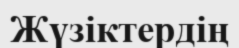
Жүзіктердің